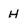
Character: H